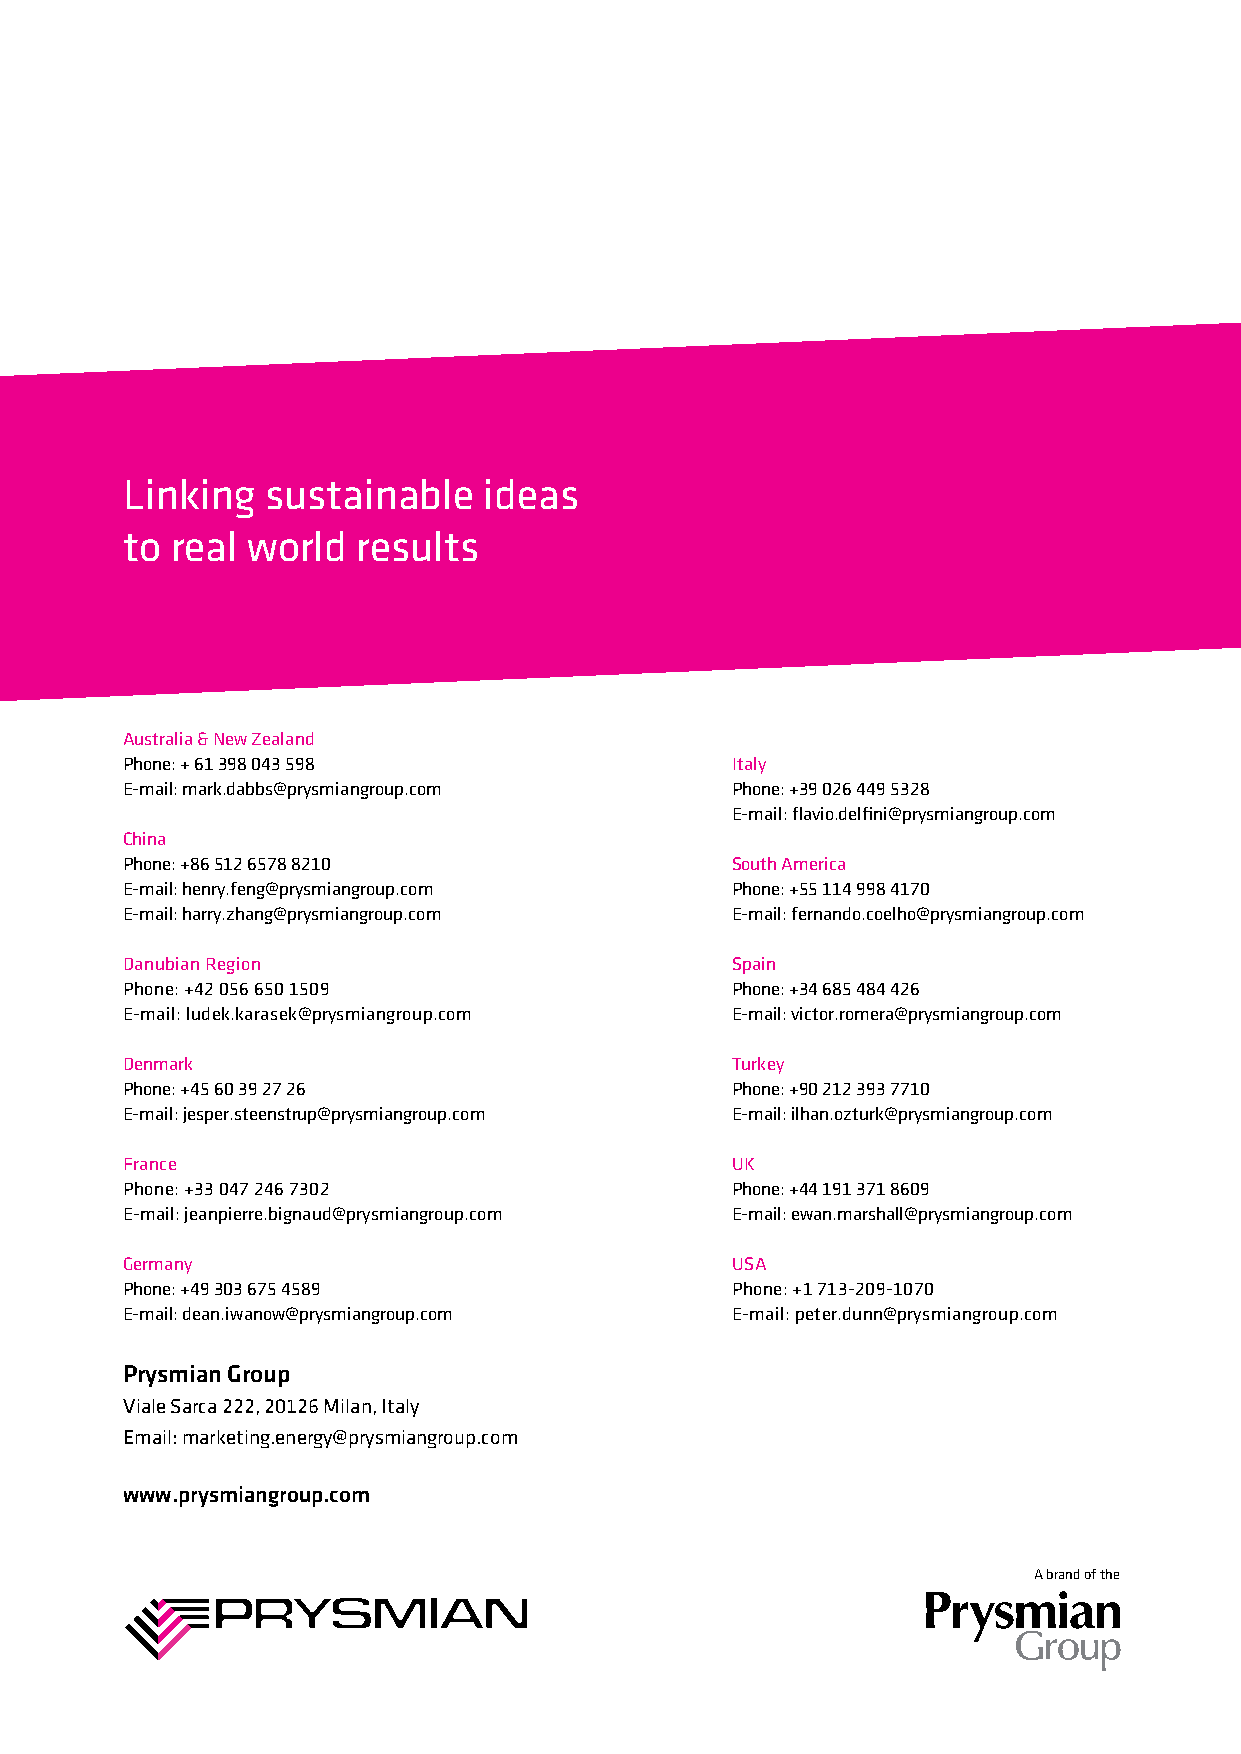
Linking   sustainable   ideas
 to real world   results
 Australia & New Zealand
 Phone: + 61 398 043 598                 Italy
 E-mail: mark.dabbs@prysmiangroup.com    Phone: +39 026 449 5328
 E-mail: flavio.delfini@prysmiangroup.com
 China
 Phone: +86 512 6578 8210                South America
 E-mail: henry.feng@prysmiangroup.com    Phone: +55 114 998 4170
 E-mail: harry.zhang@prysmiangroup.com   E-mail: fernando.coelho@prysmiangroup.com
 Danubian Region                         Spain
 Phone: +42 056 650 1509                 Phone: +34 685 484 426
 E-mail: ludek.karasek@prysmiangroup.com E-mail: victor.romera@prysmiangroup.com
 Denmark                                 Turkey
 Phone: +45 60 39 27 26                  Phone: +90 212 393 7710
 E-mail: jesper.steenstrup@prysmiangroup.com E-mail: ilhan.ozturk@prysmiangroup.com
 France                                  UK
 Phone: +33 047 246 7302                 Phone: +44 191 371 8609
 E-mail: jeanpierre.bignaud@prysmiangroup.com E-mail: ewan.marshall@prysmiangroup.com
 Germany                                 USA
 Phone: +49 303 675 4589                 Phone: +1 713-209-1070
 E-mail: dean.iwanow@prysmiangroup.com   E-mail: peter.dunn@prysmiangroup.com
 Prysmian Group
 Viale Sarca 222, 20126 Milan, Italy
 Email: marketing.energy@prysmiangroup.com
 www.prysmiangroup.com
 A brand of the